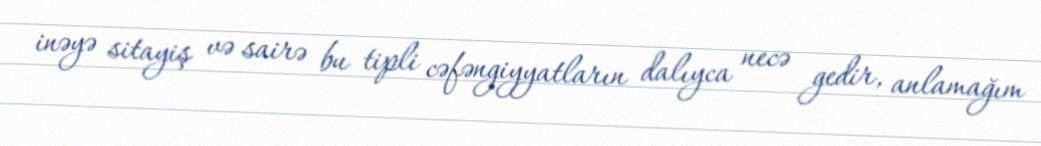
inəyə sitayiş və sairə bu tipli cəfəngiyyatların dalıyca necə gedir, anlamağım